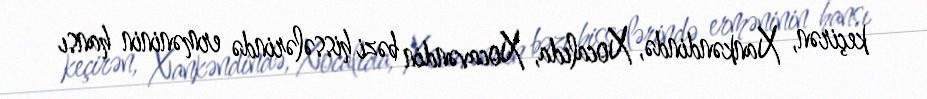
keçirən, Xankəndində, Xocalıda, Xocavəndin bəzi hissələrində erməninin hansı